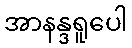
အာနန္ဒရူပေါ